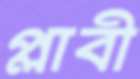
প্লাবী